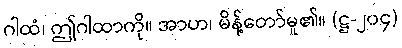
ဂါထံ၊ ဤဂါထာကို။ အာဟ၊ မိန့်တော်မူ၏။ (ဋ္ဌ-၂၀၄)